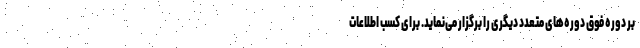
بر دوره فوق دوره‌های متعدد دیگری را برگزار می‌نماید. برای کسب اطلاعات